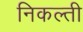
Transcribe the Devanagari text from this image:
निकल्ती